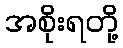
အစိုးရတို့